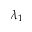
\lambda _ { 1 }